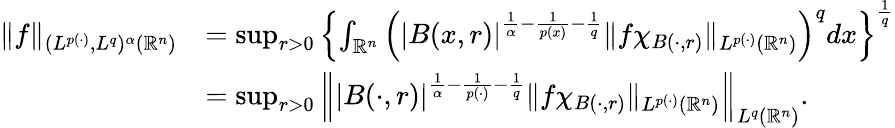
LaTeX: \begin{array}{rl}{\| f\| _{(L^{p(\cdot)},L^{q})^{\alpha}(\mathbb{R}^{n})}}&{=\operatorname*{sup}_{r>0}\left\{ \int_{\mathbb{R}^{n}}\left(|B(x,r)|^{\frac{1}{\alpha}-\frac{1}{p(x)}-\frac{1}{q}}\| f\chi_{B(\cdot,r)}\| _{L^{p(\cdot)}(\mathbb{R}^{n})}\right)^{q}dx\right\} ^{\frac{1}{q}}}\\ &{=\operatorname*{sup}_{r>0}\left\| |B(\cdot,r)|^{\frac{1}{\alpha}-\frac{1}{p(\cdot)}-\frac{1}{q}}\| f\chi_{B(\cdot,r)}\| _{L^{p(\cdot)}(\mathbb{R}^{n})}\right\| _{L^{q}(\mathbb{R}^{n})}.}\end{array}